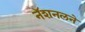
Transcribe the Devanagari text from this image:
नॅशनलने